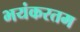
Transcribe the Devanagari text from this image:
भयंकरतम